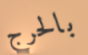
بالحرج